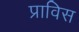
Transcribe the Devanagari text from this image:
प्राविस